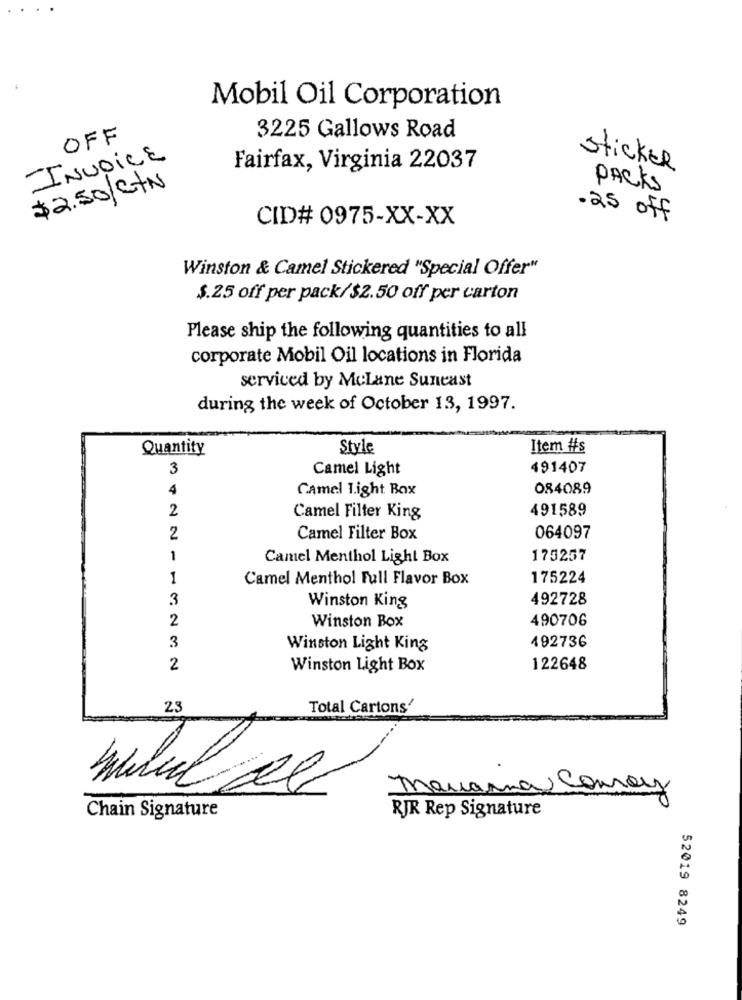
Mobil Oil Corporation
OFF
3225 Gallows Road
INVOICE
Fairfax, Virginia 22037
sticker
$2.50/ctN
PACKS
CID# 0975-XX-XX
.25 off
Winston & Camel Stickered "Special Offer"
$.25 off per pack/$2.50 off per carton
Please ship the following quantities to all
corporate Mobil Oil locations in Florida
serviced by MeLane Suneast
during the week of October 13, 1997.
Quantity
Style
Item #s
3
Camel Light
491407
4
Camel 1.ight Box
084089
2
491589
Camel Filter King
2
Camel Filter Box
064097
1
Camel Menthol Light Box
175257
1
Camel Menthol Full Flavor Box
175224
3
492728
Winston King
2
490706
Winston Box
492736
3
Winston Light King
2
Winston Light Box
122648
23
Total Cartons'
mariana
comoys
Chain Signature
RJR Rep Signature
52019 8249